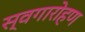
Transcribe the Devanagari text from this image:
स्वगारोहण